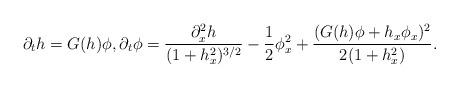
LaTeX: \begin{align*}\partial_th = G(h)\phi,\partial_t\phi = \dfrac{\partial_x^2 h}{(1+h_x^2)^{3/2}} - \dfrac{1}{2}\phi_x^2 + \dfrac{(G(h)\phi+h_x\phi_x)^2}{2(1+h_x^2)}.\end{align*}